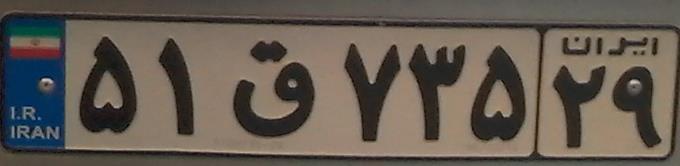
۵۱ق۷۳۵۲۹